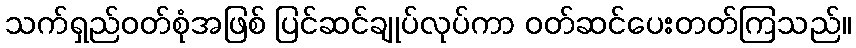
သက်ရှည်ဝတ်စုံအဖြစ် ပြင်ဆင်ချုပ်လုပ်ကာ ဝတ်ဆင်ပေးတတ်ကြသည်။